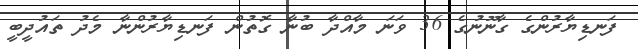
ފަނޑިޔާރުންގެ ގާނޫނުގެ 36 ވަނަ މާއްދާ ބުނާ ގޮތުން ފަނޑިޔާރުންނާ މެދު ތައުދީބީ